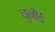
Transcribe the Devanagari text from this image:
चुनौई